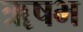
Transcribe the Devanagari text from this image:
ॠषभ